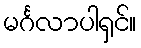
မင်္ဂလာပါရှင်။